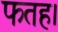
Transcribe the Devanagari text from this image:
फतह।